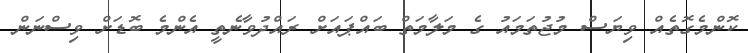
ކޮންމެގޮތެއް ވިޔަސް މުޖުތަމައު ގެ މަލާމަތް ބައްޕައަށް ރައްދުވާނެތީ އެންމެ ބޮޑަށް ވިސްނަން